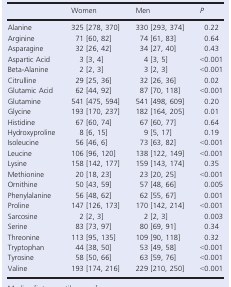
|  | Women | Men | P |
 | --- | --- | --- | --- |
 | Alanine | 325 [278, 370] | 330 [293, 374] | 0.22 |
 | Arginine | 71 [60, 82] | 74 [61, 83] | 0.64 |
 | Asparagine | 32 [26, 42] | 34 [27, 40] | 0.43 |
 | Aspartic Acid | 3 [3, 4] | 4 [3, 5] | <0.001 |
 | Beta-Alanine | 2 [2, 3] | 3 [2, 3] | <0.001 |
 | Citrulline | 29 [25, 36] | 32 [26, 36] | 0.02 |
 | Glutamic Acid | 62 [44, 92] | 87 [70, 118] | <0.001 |
 | Glutamine | 541 [475, 594] | 541 [498, 609] | 0.20 |
 | Glycine | 193 [170, 237] | 182 [164, 205] | 0.01 |
 | Histidine | 67 [60, 74] | 67 [60, 77] | 0.64 |
 | Hydroxyproline | 8 [6, 15] | 9 [5, 17] | 0.19 |
 | Isoleucine | 56 [46, 6] | 73 [63, 82] | <0.001 |
 | Leucine | 106 [96, 120] | 138 [122, 149] | <0.001 |
 | Lysine | 158 [142, 177] | 159 [143, 174] | 0.35 |
 | Methionine | 20 [18, 23] | 23 [20, 25] | <0.001 |
 | Ornithine | 50 [43, 59] | 57 [48, 66] | 0.005 |
 | Phenylalanine | 56 [48, 62] | 62 [55, 67] | 0.001 |
 | Proline | 147 [126, 173] | 170 [142, 214] | <0.001 |
 | Sarcosine | 2 [2, 3] | 2 [2, 3] | 0.003 |
 | Serine | 83 [73, 97] | 80 [69, 91] | 0.34 |
 | Threonine | 113 [95, 135] | 109 [90, 118] | 0.32 |
 | Tryptophan | 44 [38, 50] | 53 [49, 58] | <0.001 |
 | Tyrosine | 58 [50, 66] | 63 [59, 76] | <0.001 |
 | Valine | 193 [174, 216] | 229 [210, 250] | <0.001 |